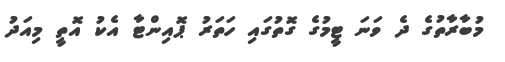
މުބާރާތުގެ ދެ ވަނަ ޓީމުގެ ގޮތުގައި ހަތަރު ޕޮއިންޓާ އެކު އޮތީ މިއަދު